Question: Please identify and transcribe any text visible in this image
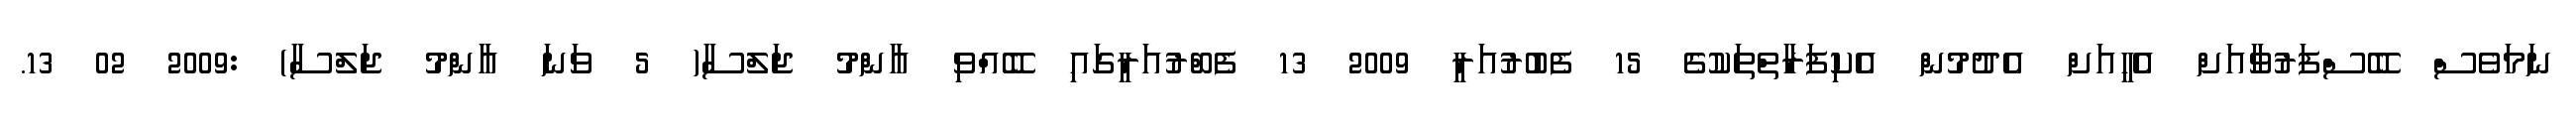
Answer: ނަމަވެސް ބޭސްފަރުވާއަށް އެހީއަށް އެދުމުން އެކިފަރާތްތަކުގެ 15 ފެބުރުއަރީ 2009 13 ފެބްރުއަރީގައި ބޭއްވި އާންމު ޖަލްސާ( 5 ވަނަ އާންމު ޖަލްސާ) :2009 02 13.